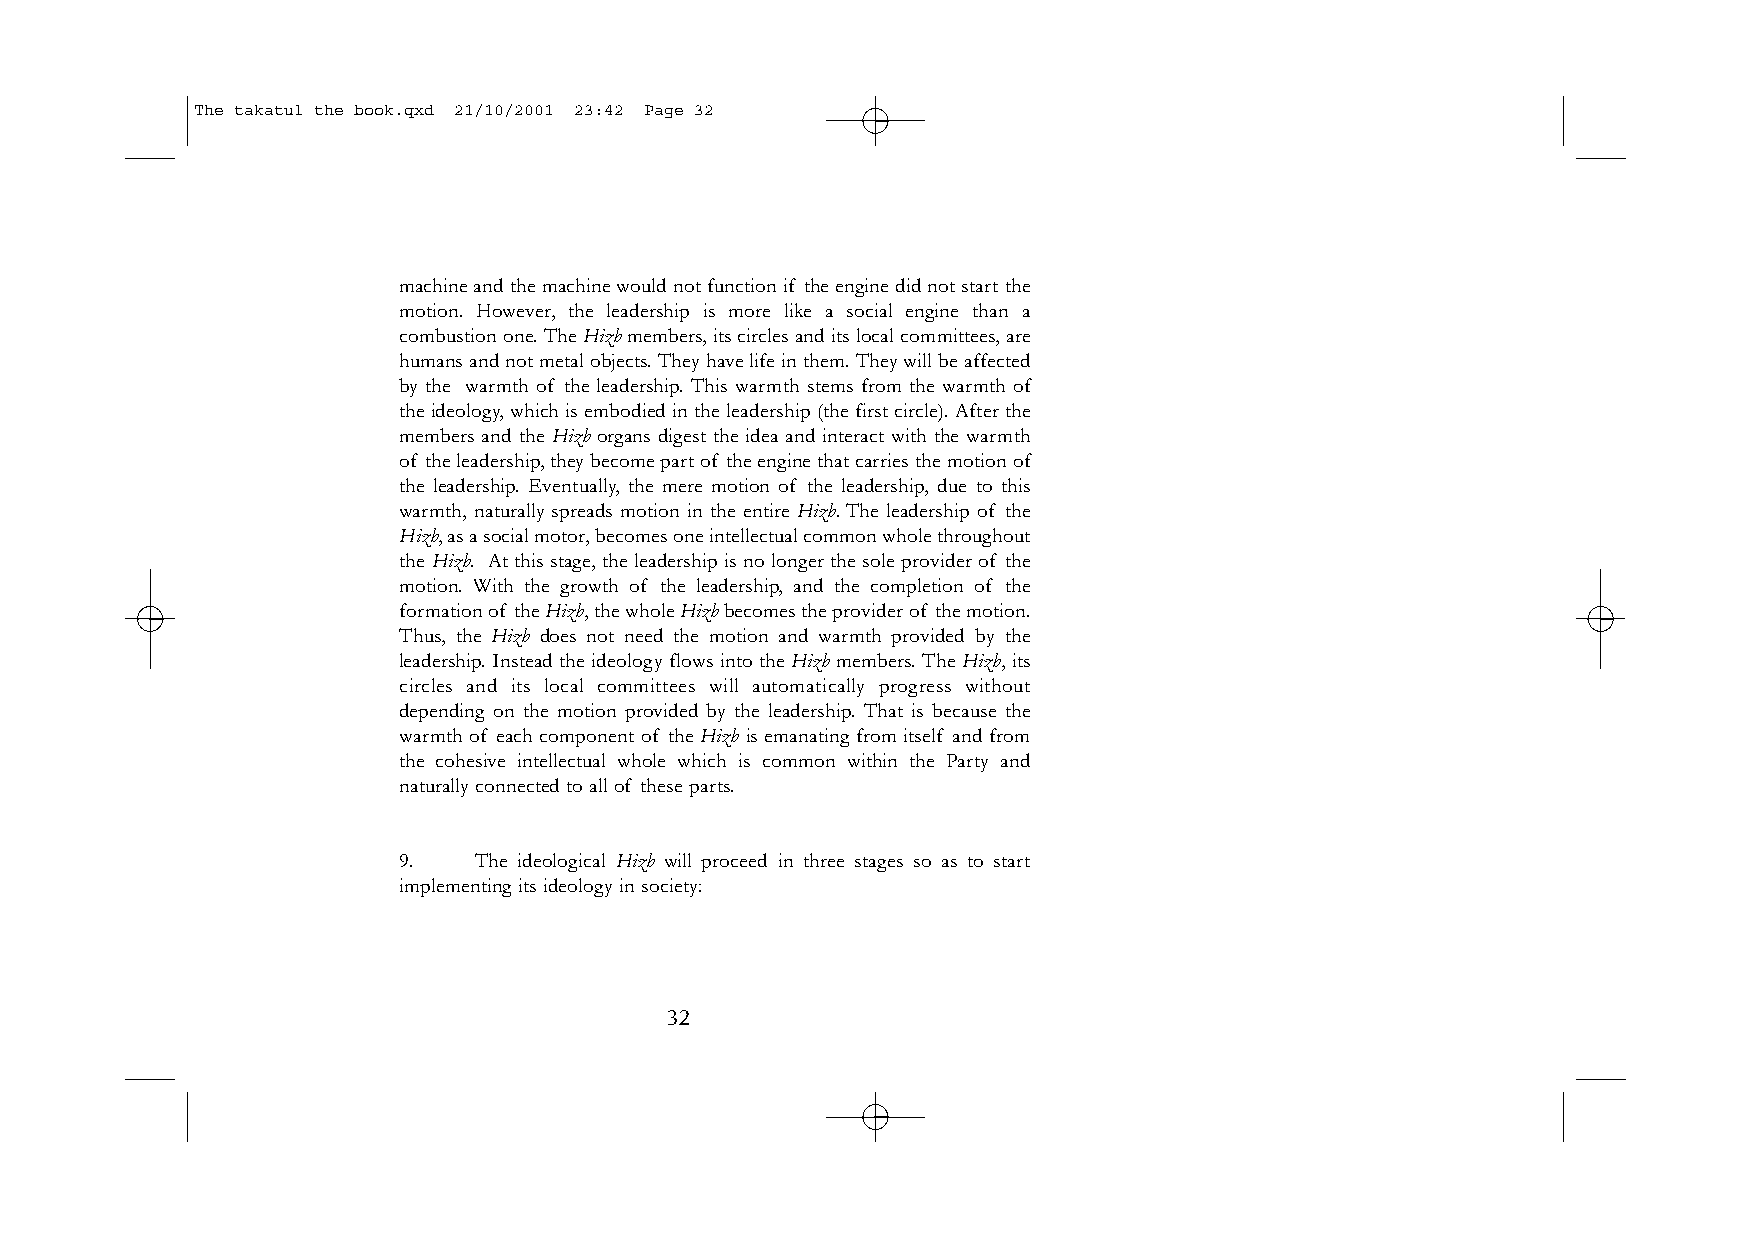
The takatul the book.qxd 21/10/2001 23:42 Page 32
 machine and the machine would not function if the engine did not start the
 motion. However, the leadership is more like a social engine than a
 combustion one.The Hizbmembers,its circles and its local committees,are
 humans and not metal objects.They have life in them.They will be affected
 by the warmth of the leadership. This warmth stems from the warmth of
 the ideology, which is embodied in the leadership (the first circle). After the
 members and the Hizb organs digest the idea and interact with the warmth
 of the leadership,they become part of the engine that carries the motion of
 the leadership. Eventually, the mere motion of the leadership, due to this
 warmth, naturally spreads motion in the entire Hizb. The leadership of the
 Hizb,as a social motor,becomes one intellectual common whole throughout
 the Hizb. At this stage, the leadership is no longer the sole provider of the
 motion. With the growth of the leadership, and the completion of the
 formation of the Hizb,the whole Hizbbecomes the provider of the motion.
 Thus, the Hizb does not need the motion and warmth provided by the
 leadership. Instead the ideology flows into the Hizb members. The Hizb, its
 circles and its local committees will automatically progress without
 depending on the motion provided by the leadership. That is because the
 warmth of each component of the Hizb is emanating from itself and from
 the cohesive intellectual whole which is common within the Party and
 naturally connected to all of these parts.
 9.   The ideological Hizb will proceed in three stages so as to start
 implementing its ideology in society:
 32